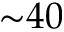
{ \sim } 4 0